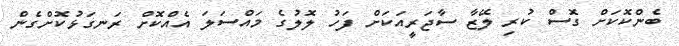
ބެންކޮކަށް ގޮސް ކުރި ލޭޒާ ސާޖަރީއަކަށް ފަހު ލޮލުގެ މައްސަލަ އެއްކޮށް ރަނގަޅުކޮށްގެން